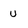
Character: U